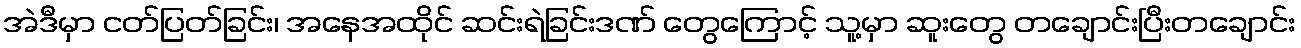
အဲဒီမှာ ငတ်ပြတ်ခြင်း၊ အနေအထိုင် ဆင်းရဲခြင်းဒဏ် တွေကြောင့် သူ့မှာ ဆူးတွေ တချောင်းပြီးတချောင်း